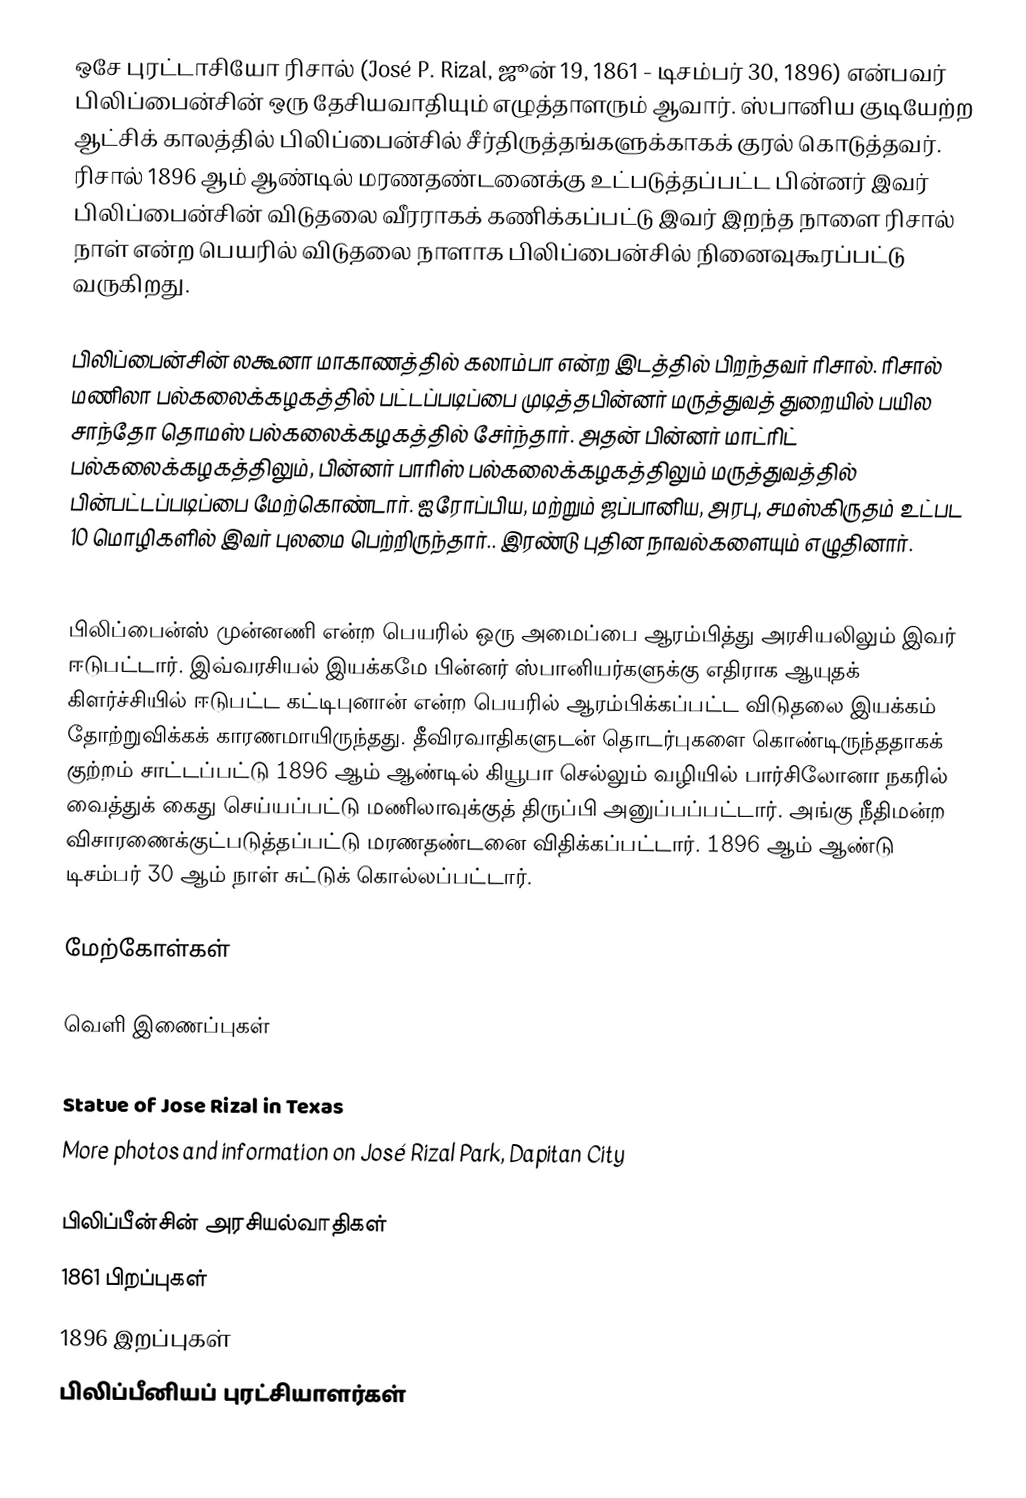
ஒசே புரட்டாசியோ ரிசால் (José P. Rizal, ஜூன் 19, 1861 - டிசம்பர் 30, 1896) என்பவர் பிலிப்பைன்சின் ஒரு தேசியவாதியும் எழுத்தாளரும் ஆவார். ஸ்பானிய குடியேற்ற ஆட்சிக் காலத்தில் பிலிப்பைன்சில் சீர்திருத்தங்களுக்காகக் குரல் கொடுத்தவர். ரிசால் 1896 ஆம் ஆண்டில் மரணதண்டனைக்கு உட்படுத்தப்பட்ட பின்னர் இவர் பிலிப்பைன்சின் விடுதலை வீரராகக் கணிக்கப்பட்டு இவர் இறந்த நாளை ரிசால் நாள் என்ற பெயரில் விடுதலை நாளாக பிலிப்பைன்சில் நினைவுகூரப்பட்டு வருகிறது.

பிலிப்பைன்சின் லகூனா மாகாணத்தில் கலாம்பா என்ற இடத்தில் பிறந்தவர் ரிசால். ரிசால் மணிலா பல்கலைக்கழகத்தில் பட்டப்படிப்பை முடித்தபின்னர் மருத்துவத் துறையில் பயில சாந்தோ தொமஸ் பல்கலைக்கழகத்தில் சேர்ந்தார். அதன் பின்னர் மாட்ரிட் பல்கலைக்கழகத்திலும், பின்னர் பாரிஸ் பல்கலைக்கழகத்திலும் மருத்துவத்தில் பின்பட்டப்படிப்பை மேற்கொண்டார். ஐரோப்பிய, மற்றும் ஜப்பானிய, அரபு, சமஸ்கிருதம் உட்பட 10 மொழிகளில் இவர் புலமை பெற்றிருந்தார்.. இரண்டு புதின நாவல்களையும் எழுதினார்.

பிலிப்பைன்ஸ் முன்னணி என்ற பெயரில் ஒரு அமைப்பை ஆரம்பித்து அரசியலிலும் இவர் ஈடுபட்டார். இவ்வரசியல் இயக்கமே பின்னர் ஸ்பானியர்களுக்கு எதிராக ஆயுதக் கிளர்ச்சியில் ஈடுபட்ட கட்டிபுனான் என்ற பெயரில் ஆரம்பிக்கப்பட்ட விடுதலை இயக்கம் தோற்றுவிக்கக் காரணமாயிருந்தது. தீவிரவாதிகளுடன் தொடர்புகளை கொண்டிருந்ததாகக் குற்றம் சாட்டப்பட்டு 1896 ஆம் ஆண்டில் கியூபா செல்லும் வழியில் பார்சிலோனா நகரில் வைத்துக் கைது செய்யப்பட்டு மணிலாவுக்குத் திருப்பி அனுப்பப்பட்டார். அங்கு நீதிமன்ற விசாரணைக்குட்படுத்தப்பட்டு மரணதண்டனை விதிக்கப்பட்டார். 1896 ஆம் ஆண்டு டிசம்பர் 30 ஆம் நாள் சுட்டுக் கொல்லப்பட்டார்.

மேற்கோள்கள்

வெளி இணைப்புகள்

 Statue of Jose Rizal in Texas
More photos and information on José Rizal Park, Dapitan City

பிலிப்பீன்சின் அரசியல்வாதிகள்
1861 பிறப்புகள்
1896 இறப்புகள்
பிலிப்பீனியப் புரட்சியாளர்கள்